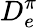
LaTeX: D_{e}^{\pi}